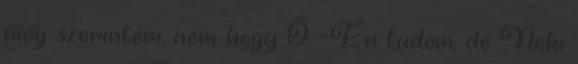
meg szerintem, nem hogy Ő. -Én tudom, de Neki